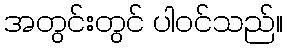
အတွင်းတွင် ပါဝင်သည်။